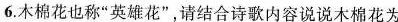
6.木棉花也称”英雄花”，请结合诗歌内容说说木棉花为